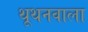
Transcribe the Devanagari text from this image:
थूथनवाला